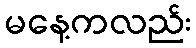
မနေ့ကလည်း